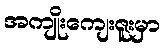
အကျိုးကျေးဇူးမှာ